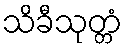
သိခီသုတ္တံ